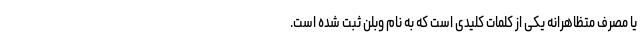
یا مصرف متظاهرانه یکی از کلمات کلیدی است که به نام وبلن ثبت شده است.